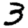
Digit: 3